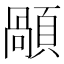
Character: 䫚